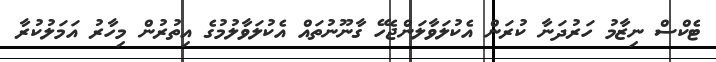
ޓެކްސް ނިޒާމު ހަރުދަނާ ކުރަން އެކުލަވާލަންޖެހޭ ގާނޫނުތައް އެކުލަވާލުމުގެ އިތުރުން މިހާރު އަމަލުކުރާ